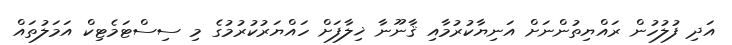
އަދި ފުލުހުން ރައްޔިތުންނަށް އަނިޔާކުރުމާއި ޤާނޫނާ ޚިލާފަށް ހައްޔަރުކުރުމުގެ މި ސިސްޓަމެޓިކް އަމަލުތައް